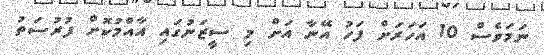
ނަމަވެސް 10 އަހަރަށް ފަހު އޭނާ އަށް މި ސީޒަނުގައި އާއްމުކޮށް ފުރުސަތު